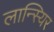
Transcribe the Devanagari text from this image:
लान्स्यिर